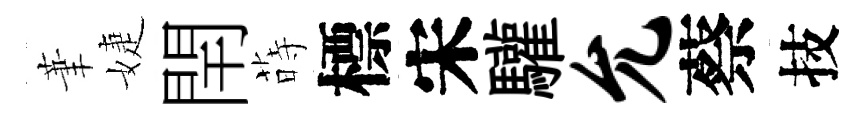
茟婕閈蒔標宋驩允蔡技